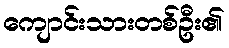
ကျောင်းသားတစ်ဦး၏